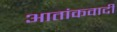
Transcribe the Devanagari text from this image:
आतांकवादी